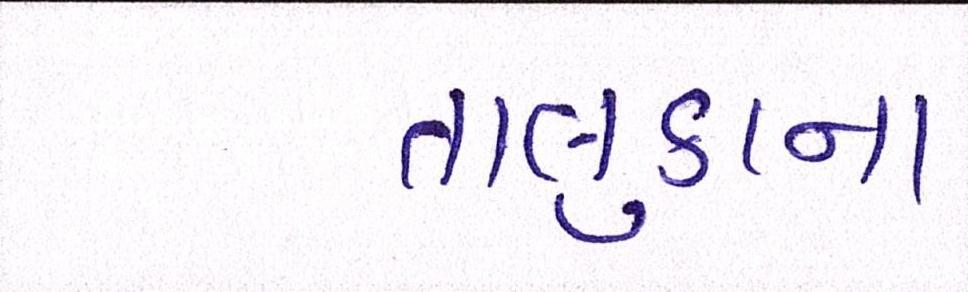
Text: તાલુકાના